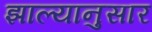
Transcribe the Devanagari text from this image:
झाल्यानुसार